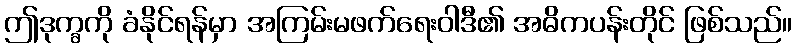
ဤဒုက္ခကို ခံနိုင်ရန်မှာ အကြမ်းမဖက်ရေးဝါဒီ၏ အဓိကပန်းတိုင် ဖြစ်သည်။